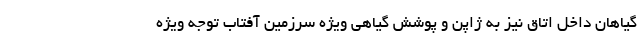
گیاهان داخل اتاق نیز به ژاپن و پوشش گیاهی ویژه سرزمین آفتاب توجه ویژه